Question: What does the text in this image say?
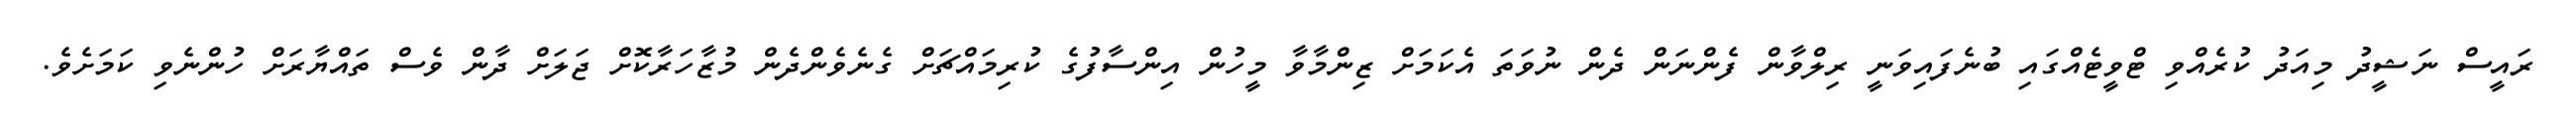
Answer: ރައީސް ނަޝީދު މިއަދު ކުރެއްވި ޓްވީޓެއްގައި ބުނެފައިވަނީ ރިލްވާން ފެންނަން ދެން ނުވަތަ އެކަމަށް ޒިންމާވާ މީހުން އިންސާފުގެ ކުރިމައްޗަށް ގެނެވެންދެން މުޒާހަރާކޮށް ޖަލަށް ދާން ވެސް ތައްޔާރަށް ހުންނެވި ކަމަށެވެ.